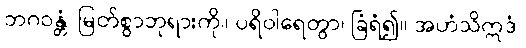
ဘဂဝန္တံ၊ မြတ်စွာဘုရားကို။ ပရိဝါရေတွာ၊ ခြံရံ၍။ အဟံသိဣဒံ၊